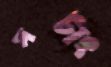
সটাং